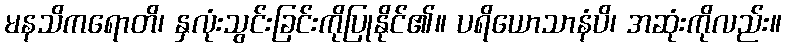
မနသိကရောတိ၊ နှလုံးသွင်းခြင်းကိုပြုနိုင်၏။ ပရိယောသာနံပိ၊ အဆုံးကိုလည်း။